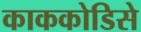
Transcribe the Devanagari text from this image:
काककोडिसे